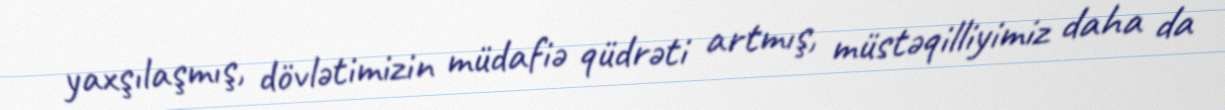
yaxşılaşmış, dövlətimizin müdafiə qüdrəti artmış, müstəqilliyimiz daha da